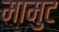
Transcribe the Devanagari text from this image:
मामुट